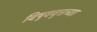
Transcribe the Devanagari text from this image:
विषुववृत्तच्या